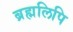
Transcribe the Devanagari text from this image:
ब्रह्मलिपि